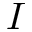
I